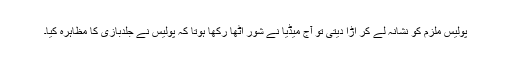
پولیس ملزم کو نشانہ لے کر اڑا دیتی تو آج میڈیا نے شور اٹھا رکھا ہوتا کہ پولیس نے جلدبازی کا مظاہرہ کیا۔